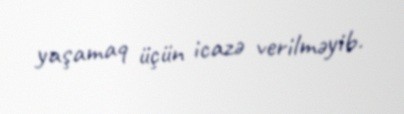
yaşamaq üçün icazə verilməyib.